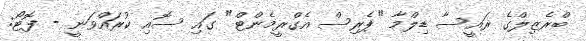
ބްރެޒިލްގެ ރައީސާ ޑިލްމާ "ޕެރިސް އެގްރީމެންޓް" ގައި ސޮއި ކުރައްވަނީ - ފޮޓޯ: